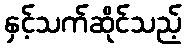
နှင့်သက်ဆိုင်သည့်